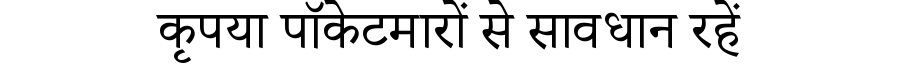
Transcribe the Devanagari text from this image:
कृपया पॉकेटमारों से सावधान रहें